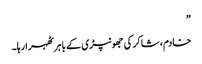
”
خادم، شاکر کی جھونپڑی کے باہر ٹھہرا رہا۔